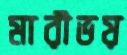
মারীভয়